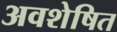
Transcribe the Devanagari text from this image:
अवशेषित